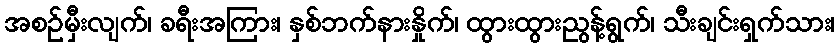
အစဉ်မှီးလျက်၊ ခရီးအကြား၊ နှစ်ဘက်နားနှိုက်၊ ထွားထွားညွန့်ရွက်၊ သီးချင်းရှက်သား၊